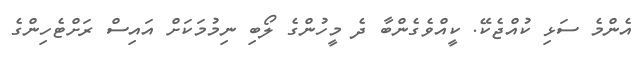
އެންމެ ސަޅި ކުއްޖެކޭ. ކީއްވެގެންބާ ދެ މީހުންގެ ލޯބި ނިމުމަކަށް އައިސް ރަށްޓެހިންގެ